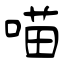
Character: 喵